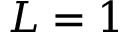
L = 1